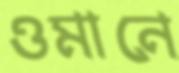
ওমানে